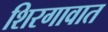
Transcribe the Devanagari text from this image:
शिरगावात